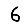
Digit: 6